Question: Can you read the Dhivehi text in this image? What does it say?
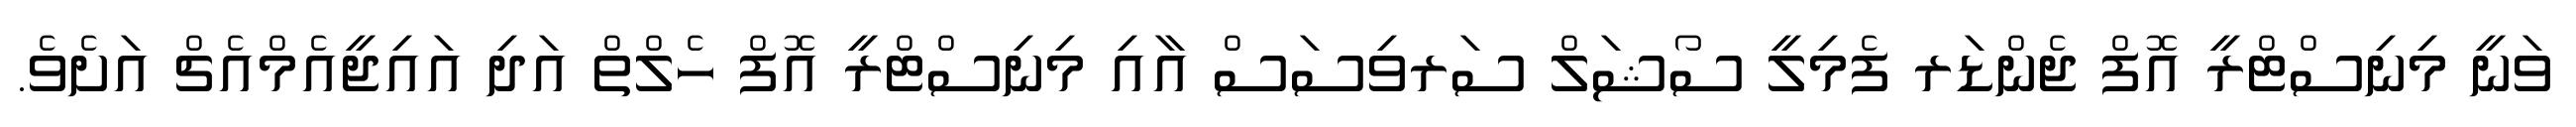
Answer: ވަނީ މިނިސްޓްރީ އޮފް ޖެންޑަރ ފެމިލީ ސޯޝަލް ސަރވިސަސް އާއި މިނިސްޓްރީ އޮފް ހެލްތް އަދި އައިޖީއެމްއެޗް އަށެވެ.